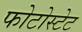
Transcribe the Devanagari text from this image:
फोटोस्टेट